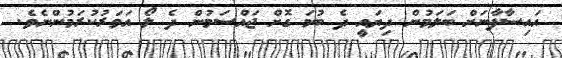
އައިސާފާނަށް ބަލަމުން ދިޔައީ ދެ ބުމަ ގޮށް ޖައްސަމުން ދެ ލޯ އަވަރުކުރަމުންނެވެ.